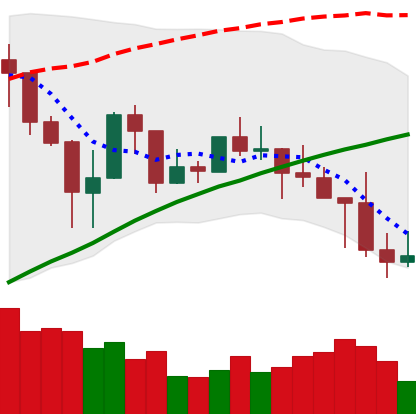
Ticker: LINK-USD
Chart end date: 2019-04-27
Forward return: 4.948%
Label: up_3_5